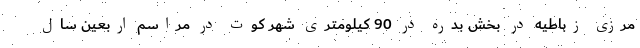
مرزی زباطیه در بخش بدره در 90 کیلومتری شهر کوت در مراسم اربعین سال